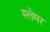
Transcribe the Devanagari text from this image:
स्लेमर